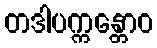
တဒါပက္ကန္တောဝ